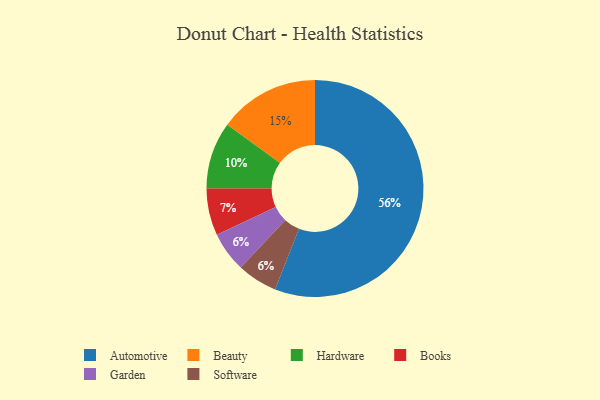
{"axis": {"x": "Category", "y": "Percentage"}, "legend": ["Automotive", "Beauty", "Books", "Garden", "Hardware", "Software"], "data": [{"x": "Hardware", "y": 10, "type": "Hardware"}, {"x": "Garden", "y": 6, "type": "Garden"}, {"x": "Software", "y": 6, "type": "Software"}, {"x": "Books", "y": 7, "type": "Books"}, {"x": "Automotive", "y": 56, "type": "Automotive"}, {"x": "Beauty", "y": 15, "type": "Beauty"}]}